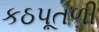
કઠપૂતળી